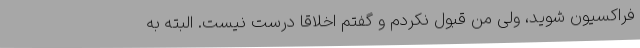
فراکسیون شوید، ولی من قبول نکردم و گفتم اخلاقاً درست نیست. البته به